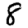
Digit: 8